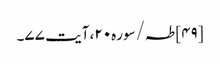
[۴۹] طہ/سوره۲۰، آیت ۷۷۔